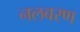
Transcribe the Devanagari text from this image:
नलवरण